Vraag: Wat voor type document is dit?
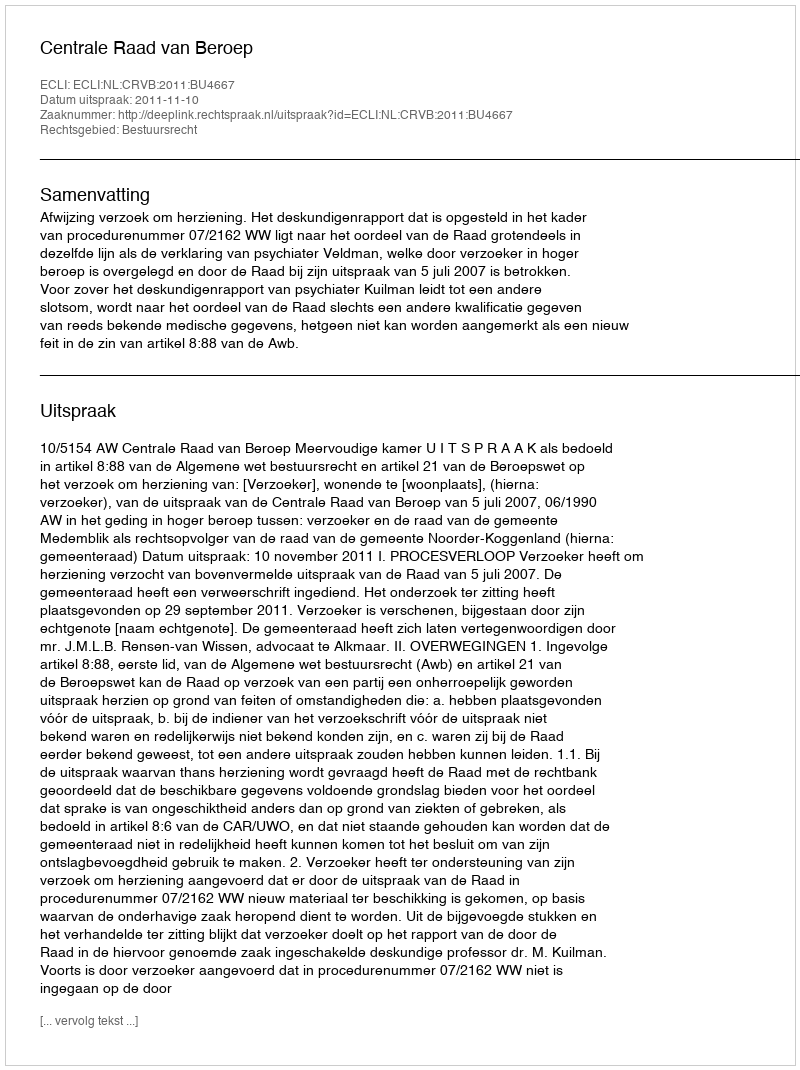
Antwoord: Uitspraak